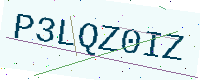
Text: P3LQZ0IZ